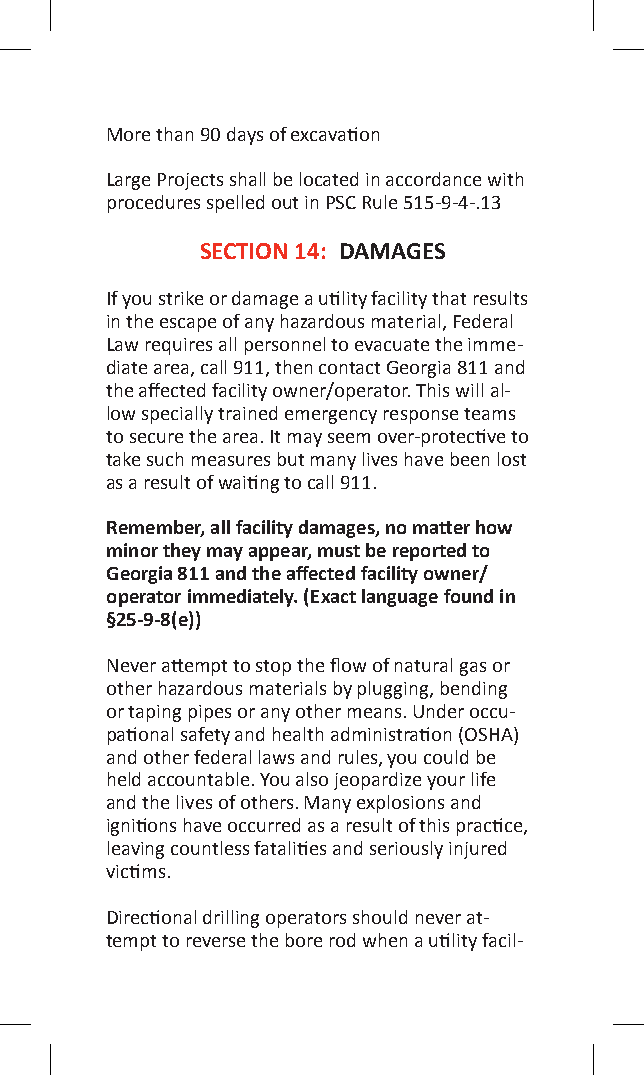
More than 90 days of excavation
 Large Projects shall be located in accordance with
 procedures spelled out in PSC Rule 515-9-4-.13
 SECTION 14: DAMAGES
 If you strike or damage a utility facility that results
 in the escape of any hazardous material, Federal
 Law requires all personnel to evacuate the imme-
 diate area, call 911, then contact Georgia 811 and
 the affected facility owner/operator. This will al-
 low specially trained emergency response teams
 to secure the area. It may seem over-protective to
 take such measures but many lives have been lost
 as a result of waiting to call 911.
 Remember, all facility damages, no matter how
 minor they may appear, must be reported to
 Georgia 811 and the affected facility owner/
 operator immediately. (Exact language found in
 §25-9-8(e))
 Never attempt to stop the flow of natural gas or
 other hazardous materials by plugging, bending
 or taping pipes or any other means. Under occu-
 pational safety and health administration (OSHA)
 and other federal laws and rules, you could be
 held accountable. You also jeopardize your life
 and the lives of others. Many explosions and
 ignitions have occurred as a result of this practice,
 leaving countless fatalities and seriously injured
 victims.
 Directional drilling operators should never at-
 tempt to reverse the bore rod when a utility facil-